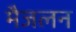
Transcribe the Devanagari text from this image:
मैजलन